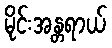
မိုင်းအန္တရာယ်